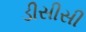
ડીસીસી